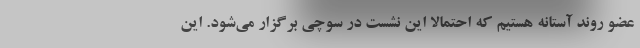
عضو روند آستانه هستیم که احتمالا این نشست در سوچی برگزار می‌شود. این